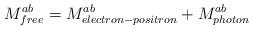
LaTeX: \begin{align*}M^{ab}_{free}=M^{ab}_{electron-positron}+M^{ab}_{photon} \end{align*}